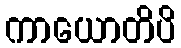
ကာယောတိပိ